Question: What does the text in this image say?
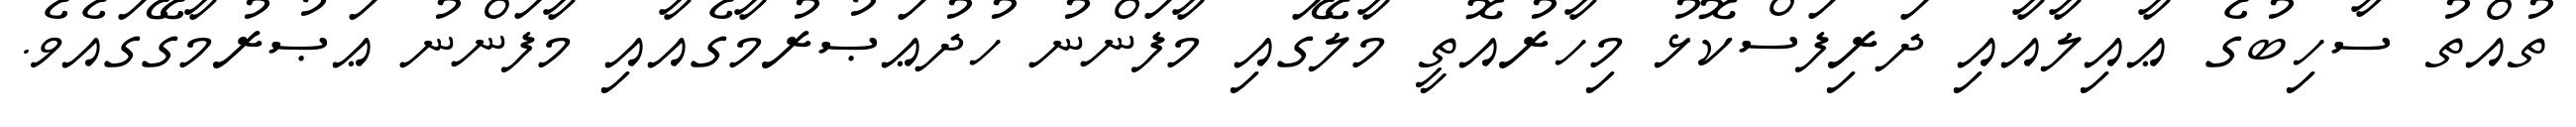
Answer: ތުއްތު ސާހިބުގެ ޢާއިލާއާއި ދަރިފަސްކޮޅު މިހާރުއޮތީ މާލޭގައި މާފަންނު ހުދުޢަޞުރުމާގެއާއި މާފަންނު ޢަޞުރުމާގޭގައެވެ.